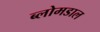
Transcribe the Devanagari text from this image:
ब्लोमडाल